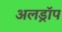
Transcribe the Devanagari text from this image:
अलड्रॉप